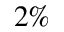
2 \%